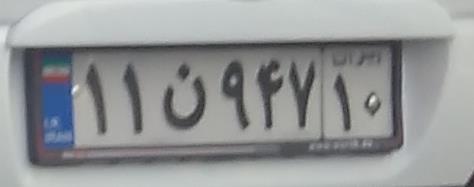
۱۱ن۹۴۷۱۰